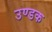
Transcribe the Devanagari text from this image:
उण्डक